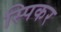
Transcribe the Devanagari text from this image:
स्पिकर